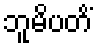
ဘူမိပတိံ